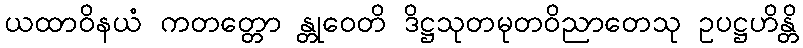
ယထာဝိနယံ ကတတ္တော န္တုဝေတိ ဒိဋ္ဌသုတမုတဝိညာတေသု ဥပဋ္ဌဟိန္တိ